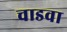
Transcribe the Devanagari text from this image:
चाडवा